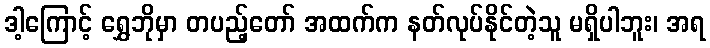
ဒါ့ကြောင့် ရွှေဘိုမှာ တပည့်တော် အထက်က နတ်လုပ်နိုင်တဲ့သူ မရှိပါဘူး၊ အရ